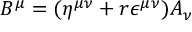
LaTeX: B ^ { \mu } = ( \eta ^ { \mu \nu } + r \epsilon ^ { \mu \nu } ) A _ { \nu }